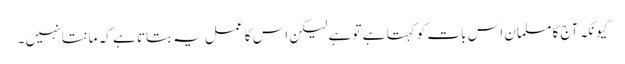
کیونکہ آج کا مسلمان اس بات کو کہتا ہے تو ہے لیکن اس کا عمل یہ بتاتا ہے کہ مانتا نہیں ۔